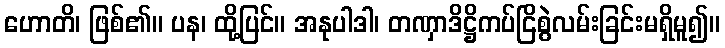
ဟောတိ၊ ဖြစ်၏။ ပန၊ ထို့ပြင်။ အနုပါဒါ၊ တဏှာဒိဋ္ဌိကပ်ငြိစွဲလမ်းခြင်းမရှိမူ၍။